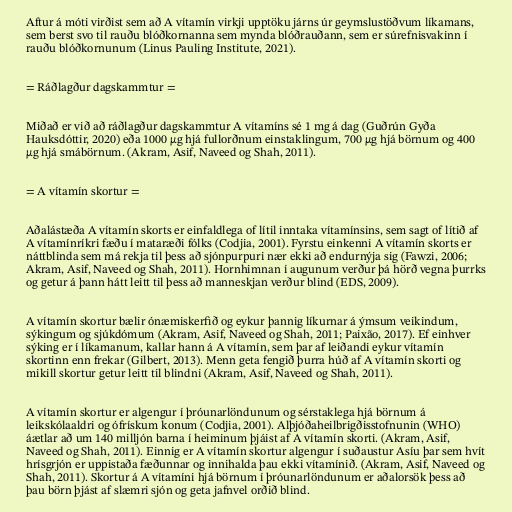
Aftur á móti virðist sem að A vítamín virkji upptöku járns úr geymslustöðvum líkamans,
sem berst svo til rauðu blóðkornanna sem mynda blóðrauðann, sem er súrefnisvakinn í
rauðu blóðkornunum (Linus Pauling Institute, 2021).

= Ráðlagður dagskammtur =

Miðað er við að ráðlagður dagskammtur A vítamíns sé 1 mg á dag (Guðrún Gyða
Hauksdóttir, 2020) eða 1000 µg hjá fullorðnum einstaklingum, 700 µg hjá börnum og 400
µg hjá smábörnum. (Akram, Asif, Naveed og Shah, 2011).

= A vítamín skortur =

Aðalástæða A vítamín skorts er einfaldlega of lítil inntaka vítamínsins, sem sagt of lítið af
A vítamínríkri fæðu í mataræði fólks (Codjia, 2001). Fyrstu einkenni A vítamín skorts er
náttblinda sem má rekja til þess að sjónpurpuri nær ekki að endurnýja sig (Fawzi, 2006;
Akram, Asif, Naveed og Shah, 2011). Hornhimnan í augunum verður þá hörð vegna þurrks
og getur á þann hátt leitt til þess að manneskjan verður blind (EDS, 2009).

A vítamín skortur bælir ónæmiskerfið og eykur þannig líkurnar á ýmsum veikindum,
sýkingum og sjúkdómum (Akram, Asif, Naveed og Shah, 2011; Paixão, 2017). Ef einhver
sýking er í líkamanum, kallar hann á A vítamín, sem þar af leiðandi eykur vítamín
skortinn enn frekar (Gilbert, 2013). Menn geta fengið þurra húð af A vítamín skorti og
mikill skortur getur leitt til blindni (Akram, Asif, Naveed og Shah, 2011).

A vítamín skortur er algengur í þróunarlöndunum og sérstaklega hjá börnum á
leikskólaaldri og ófrískum konum (Codjia, 2001). Alþjóðaheilbrigðisstofnunin (WHO)
áætlar að um 140 milljón barna í heiminum þjáist af A vítamín skorti. (Akram, Asif,
Naveed og Shah, 2011). Einnig er A vítamín skortur algengur í suðaustur Asíu þar sem hvít
hrísgrjón er uppistaða fæðunnar og innihalda þau ekki vítamínið. (Akram, Asif, Naveed og
Shah, 2011). Skortur á A vítamíni hjá börnum í þróunarlöndunum er aðalorsök þess að
þau börn þjást af slæmri sjón og geta jafnvel orðið blind.